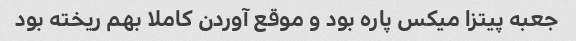
جعبه پیتزا میکس پاره بود و موقع آوردن کاملا بهم ریخته بود